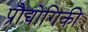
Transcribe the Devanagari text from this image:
प्रौद्योगिकी